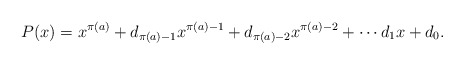
\begin{align*}P(x) = x^{\pi(a)} + d_{\pi(a) - 1}x^{\pi(a) - 1} + d_{\pi(a) - 2}x^{\pi(a) - 2} + \cdots d_1x + d_0.\end{align*}